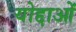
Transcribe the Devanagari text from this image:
योद्दाओं